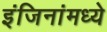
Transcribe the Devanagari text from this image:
इंजिनांमध्ये